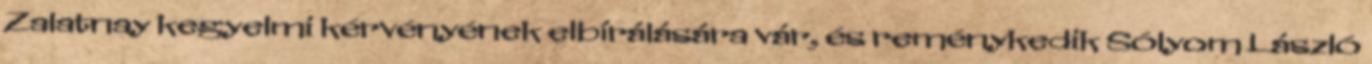
Zalatnay kegyelmi kérvényének elbírálására vár, és reménykedik Sólyom László